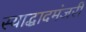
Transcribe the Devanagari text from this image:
स्याद्धादमंजरी